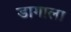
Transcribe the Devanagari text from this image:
डागाला